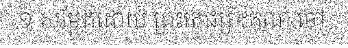
១ សម្តែងដោយ ព្រះតេជព្រះគុណ ចៅ